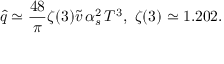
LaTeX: \hat { q } \simeq \frac { 4 8 } { \pi } \zeta ( 3 ) \tilde { v } \, \alpha _ { s } ^ { 2 } \, T ^ { 3 } , \, \, \zeta ( 3 ) \simeq 1 . 2 0 2 .